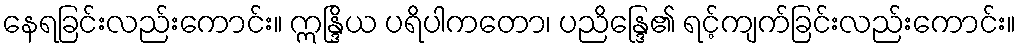
နေရခြင်းလည်းကောင်း။ ဣန္ဒြိယ ပရိပါကတော၊ ပညိန္ဒြေ၏ ရင့်ကျက်ခြင်းလည်းကောင်း။